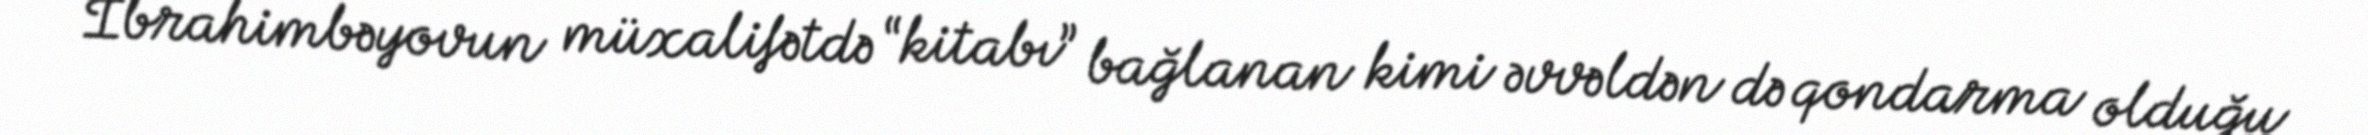
İbrahimbəyovun müxalifətdə “kitabı” bağlanan kimi əvvəldən də qondarma olduğu